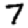
Digit: 7